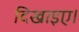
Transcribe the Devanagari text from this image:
दिखाइए।